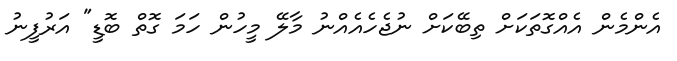
އެންމެން އެއްގޮތަކަށް ތިބޭކަށް ނުޖެހެއެއްނު މާލޭ މީހުން ހަމަ ގޮތް ބޮޑީ" އަރުފީނު